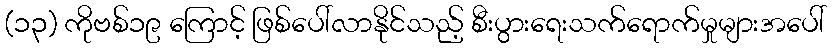
(၁၃) ကိုဗစ်၁၉ ကြောင့် ဖြစ်ပေါ်လာနိုင်သည့် စီးပွားရေးသက်ရောက်မှုများအပေါ်